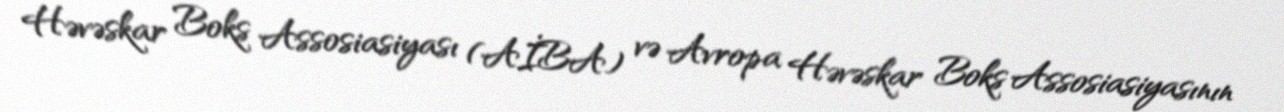
Həvəskar Boks Assosiasiyası (AİBA) və Avropa Həvəskar Boks Assosiasiyasının